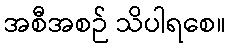
အစီအစဉ် သိပါရစေ။